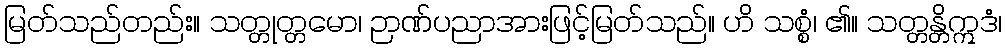
မြတ်သည်တည်း။ သတ္တုတ္တမော၊ ဉာဏ်ပညာအားဖြင့်မြတ်သည်။ ဟိ သစ္စံ၊ ၏။ သတ္တန္တိဣဒံ၊